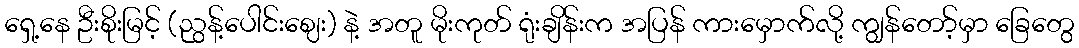
ရှေ့နေ ဦးစိုးမြင့် (ညွန့်ပေါင်းဈေး) နဲ့ အတူ မိုးကုတ် ရုံးချိန်းက အပြန် ကားမှောက်လို့ ကျွန်တော့်မှာ ခြေတွေ